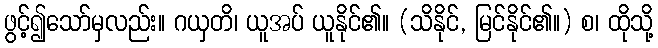
ဖွင့်၍သော်မှလည်း။ ဂယှတိ၊ ယူအပ် ယူနိုင်၏။ (သိနိုင်, မြင်နိုင်၏။) စ၊ ထိုသို့